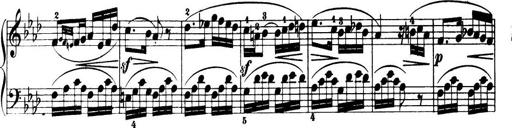
Title: 32 Sonatinas and Rondos for the Piano
Composer: Richard Kleinmichel